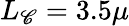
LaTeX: L_{\mathscr{C}}=3.5\mu